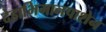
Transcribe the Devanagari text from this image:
देहाभिमानपाशेन